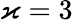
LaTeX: \varkappa=3